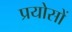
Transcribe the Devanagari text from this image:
प्रयोसों